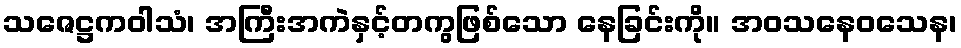
သဇေဋ္ဌကဝါသံ၊ အကြီးအကဲနှင့်တကွဖြစ်သော နေခြင်းကို။ အဝသနေဝသေန၊